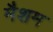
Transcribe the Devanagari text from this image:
मैशम